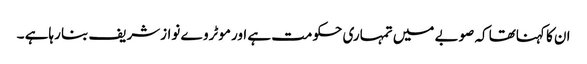
ان کا کہناتھا کہ صوبے میں تمہاری حکومت ہے اور موٹروے نوازشریف بنا رہاہے ۔